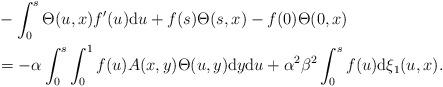
LaTeX: \begin{align*} &-\int_0^s \Theta( u ,x) f'(u) \mathrm{d}u+ f(s){\Theta}(s,x)-f(0){\Theta}(0,x) \\ &=-\alpha\int_0^{s}\int_0^1 f(u)A(x,y)\Theta(u,y)\mathrm{d}y\mathrm{d}u+\alpha^2\beta^2 \int_0^s f(u)\mathrm{d}\xi_1(u,x). \end{align*}